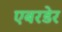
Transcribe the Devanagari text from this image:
एबरडेर